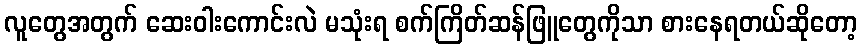
လူတွေအတွက် ဆေးဝါးကောင်းလဲ မသုံးရ စက်ကြိတ်ဆန်ဖြူတွေကိုသာ စားနေရတယ်ဆိုတော့